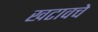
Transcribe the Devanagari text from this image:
खटावचे